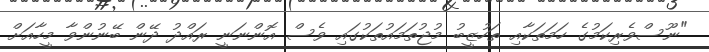
"ނޫސްވެރިކަމުގެ ހަމަތަކާއި ތަހުޒީބު މުޖުތަމައުތަކުގައި ވެސް އޮންނަނީ ރައްދު ދޭން ބޭނުންވާ މީހާއަށް